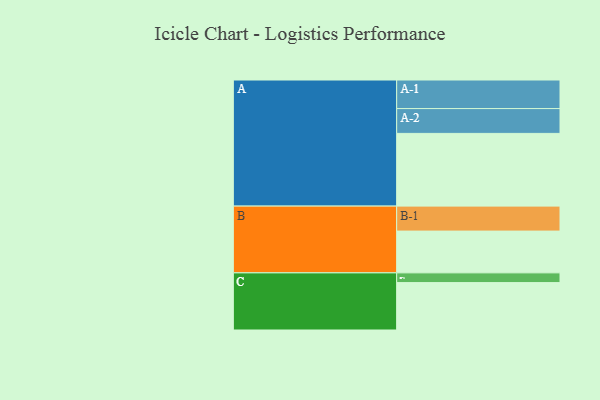
{"axis": {"x": "Segment", "y": "Value"}, "legend": ["", "A", "B", "C"], "data": [{"x": "A", "y": 583, "type": ""}, {"x": "B", "y": 335, "type": ""}, {"x": "C", "y": 380, "type": ""}, {"x": "A-1", "y": 229, "type": "A"}, {"x": "A-2", "y": 199, "type": "A"}, {"x": "B-1", "y": 200, "type": "B"}, {"x": "C-1", "y": 78, "type": "C"}]}